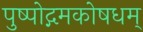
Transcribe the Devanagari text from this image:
पुष्पोद्गमकोषधम्